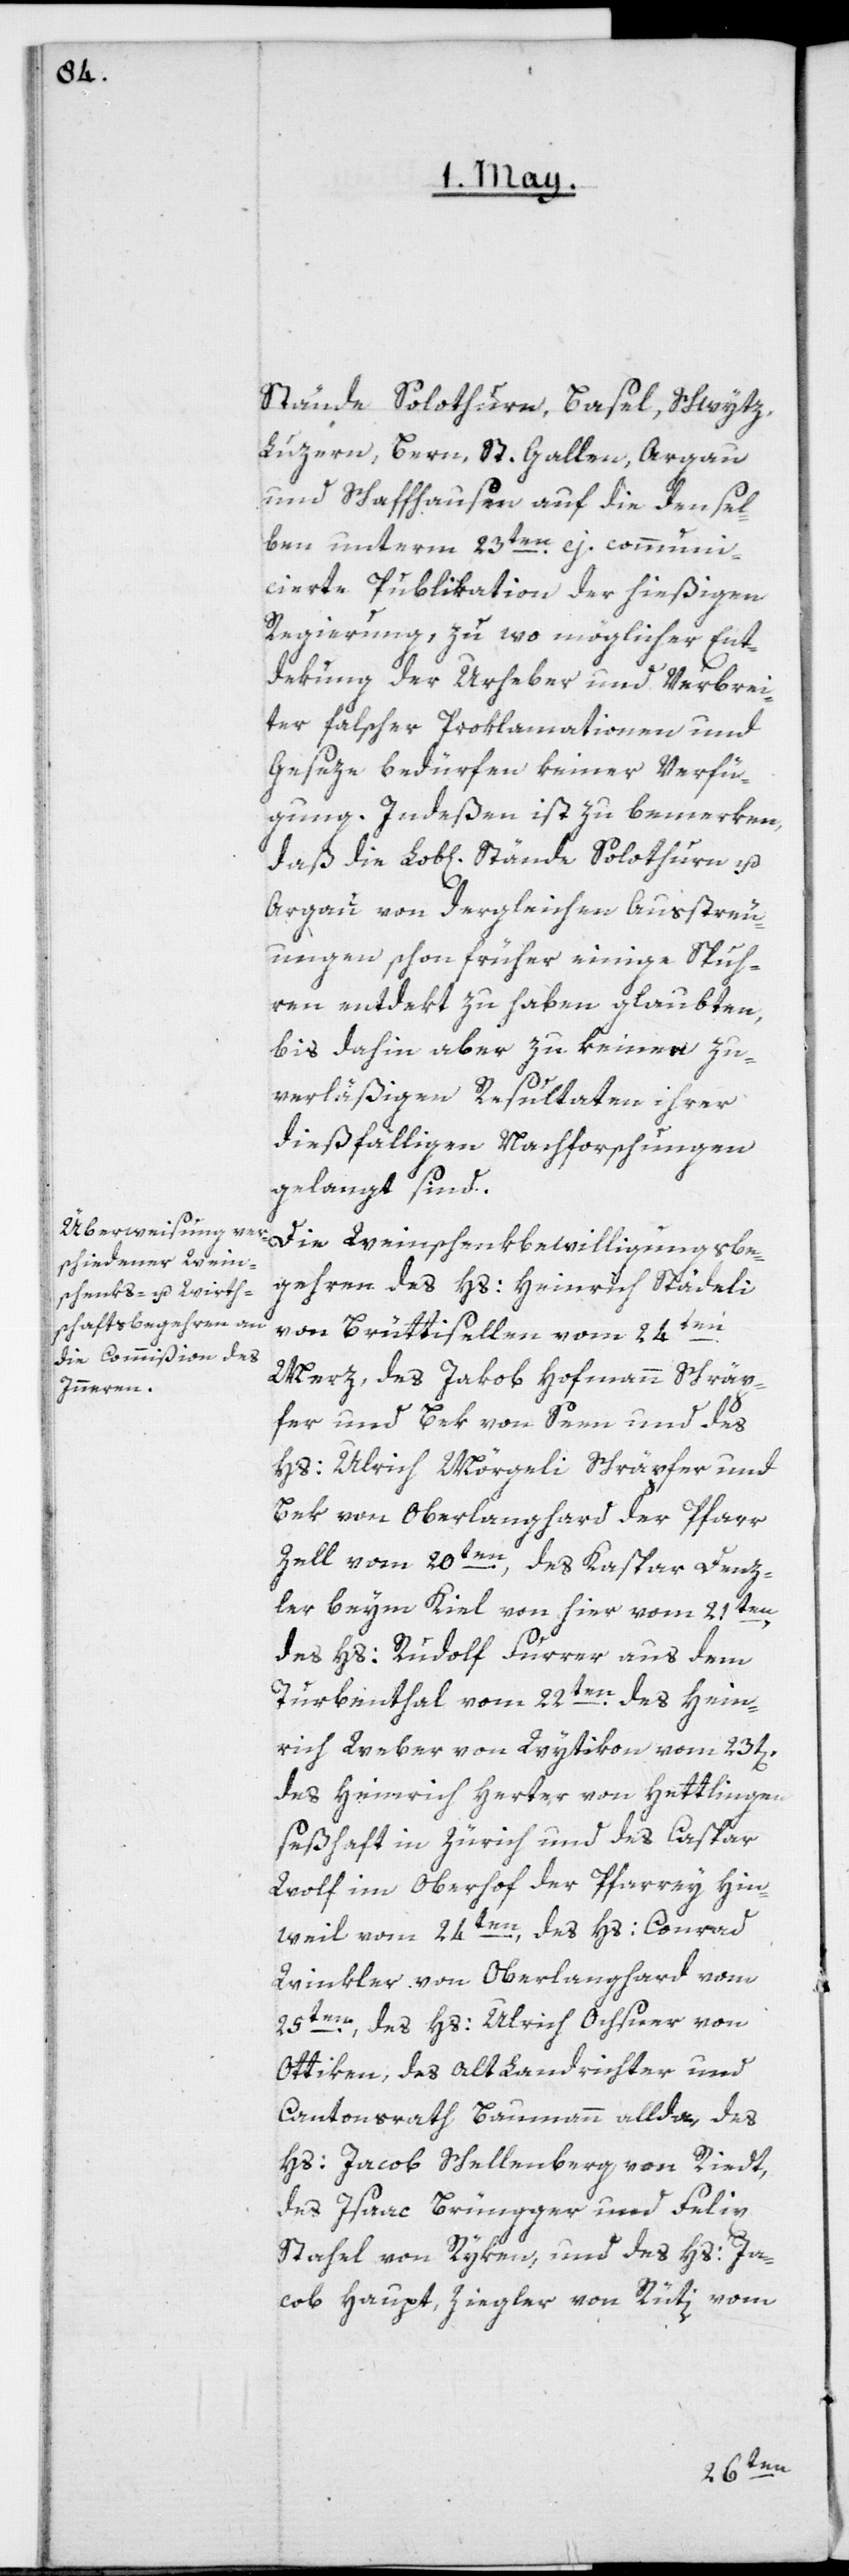
Stände Solothurn, Basel, Schwytz,
Luzern, Bern, St. Gallen, Argau
und Schaffhausen, auf die densel¬
ben unterm 23ten ej. communi¬
cierte Publikation der hießigen
Regierung , zu wo möglicher Ent¬
dekung der Urheber und Verbrei¬
ter falscher Proklamationen und
Geseze, bedürfen keiner Verfü¬
gung. Indeßen ist zu bemerken,
Argau von dergleichen Außtreu¬
ungen schon früher einige Spuh¬
ren entdekt zu haben glaubten,
bis dahin aber zu keinen zu¬
verläßigen Resultaten ihrer
dießfälligen Nachforschungen
gelangt sind.
Die Weinschenkbewilligungsbe¬
gehren des Hs: Heinrich Städeli
von Brüttisellen vom 24ten
Merz, des Jakob Hofmann Schräp¬
fer und Bek, von Seen und des
Hs: Ulrich Mörgeli, Schräpfer und
Bek, von Oberlangenhard der Pfarr
Zell vom 20ten, des Kaspar Denz¬
ler beym Kiel von hier vom 21ten,
des Hs: Rudolf Furrer aus dem
Turbenthal vom 22ten des Hein¬
rich Weber von Wytikon vom 23t[en][,]
des Heinrich Herter von Hettlingen,
seßhaft in Zürich und des Caspar
Wolf im Oberhof der Pfarrey Hin¬
weil vom 24ten, des Hs: Conrad
Winkler von Oberlangenhard vom
25ten, des Hs: Ulrich Ochsner von
Ottikon, des Alt Landrichter und
Cantonsrath Baumann allda, des
Hs: Jacob Schellenberg von Riedt,
des Isaac Brüngger und Felix
Stahel von Rykon, und des Hs: Ja¬
cob Haupt, Ziegler von Rüti, vom